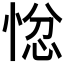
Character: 𭝗